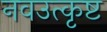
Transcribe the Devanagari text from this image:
नवउत्कृष्ट